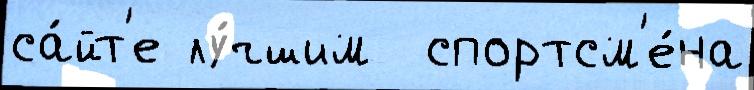
са́йт'е лу́чшим  спортсм'е́на